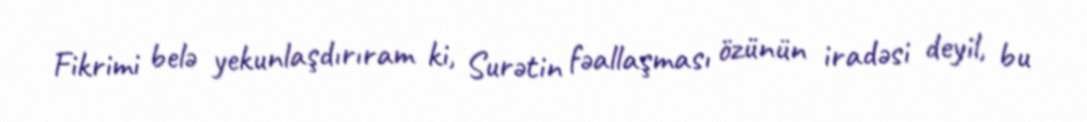
Fikrimi belə yekunlaşdırıram ki, Surətin fəallaşması özünün iradəsi deyil, bu